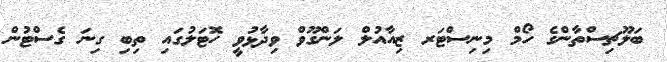
ބަލޫޗިސްތާންގެ ހޯމް މިނިސްޓަރ ޒިއާއުލް ލަންގޫވް ވިދާޅުވީ ހޮޓަލުގައި ތިބި ގިނަ ގެސްޓުން